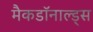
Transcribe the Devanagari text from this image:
मैकडॉनाल्ड्स